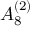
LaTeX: { A } _ { 8 } ^ { ( 2 ) }